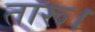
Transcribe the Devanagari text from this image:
तारू।